Source: Handwritten
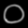
Digit: ၀ (0)